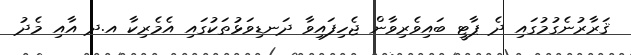
ޤަރާރުނެގުމުގައި ދެ ޕާޓީ ބައިވެރިވާން ޖެހިފައިވާ ދަނޑިވަޅުތަކުގައި އެމެރިކާ އ.ދ އާއި މެދު